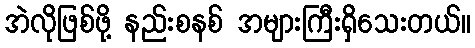
အဲလိုဖြစ်ဖို့ နည်းစနစ် အများကြီးရှိသေးတယ်။